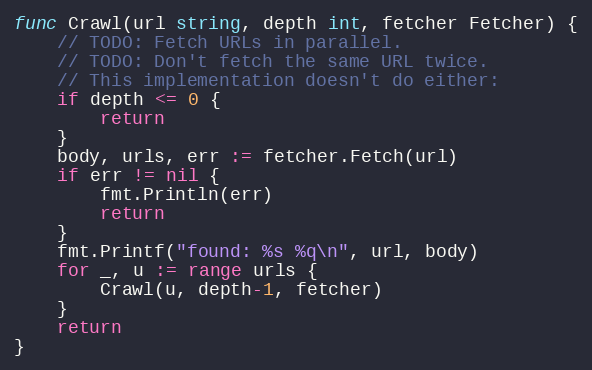
Language: Go
func Crawl(url string, depth int, fetcher Fetcher) {
	// TODO: Fetch URLs in parallel.
	// TODO: Don't fetch the same URL twice.
	// This implementation doesn't do either:
	if depth <= 0 {
		return
	}
	body, urls, err := fetcher.Fetch(url)
	if err != nil {
		fmt.Println(err)
		return
	}
	fmt.Printf("found: %s %q\n", url, body)
	for _, u := range urls {
		Crawl(u, depth-1, fetcher)
	}
	return
}